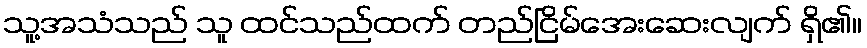
သူ့အသံသည် သူ ထင်သည်ထက် တည်ငြိမ်အေးဆေးလျက် ရှိ၏။